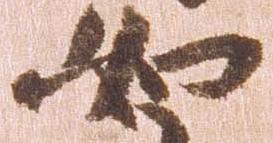
如